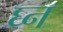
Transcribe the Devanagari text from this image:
घ्न